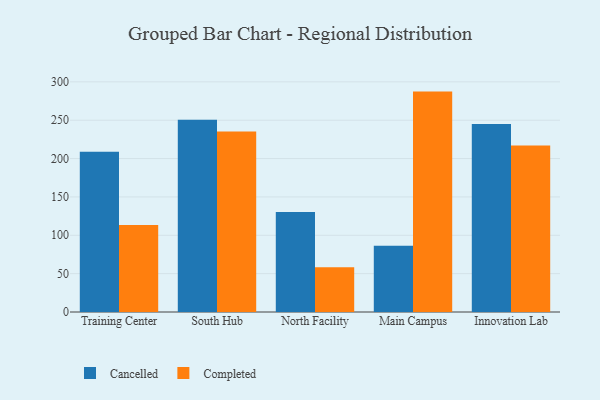
{"axis": {"x": "Campus", "y": "Tickets Resolved"}, "legend": ["Cancelled", "Completed"], "data": [{"x": "Training Center", "y": 208.8, "type": "Cancelled"}, {"x": "Training Center", "y": 113.5, "type": "Completed"}, {"x": "South Hub", "y": 250.7, "type": "Cancelled"}, {"x": "South Hub", "y": 235.4, "type": "Completed"}, {"x": "North Facility", "y": 130.5, "type": "Cancelled"}, {"x": "North Facility", "y": 58.2, "type": "Completed"}, {"x": "Main Campus", "y": 86.5, "type": "Cancelled"}, {"x": "Main Campus", "y": 287.3, "type": "Completed"}, {"x": "Innovation Lab", "y": 245.0, "type": "Cancelled"}, {"x": "Innovation Lab", "y": 216.9, "type": "Completed"}]}